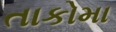
તાકોમા